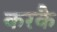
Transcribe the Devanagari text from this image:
करकै